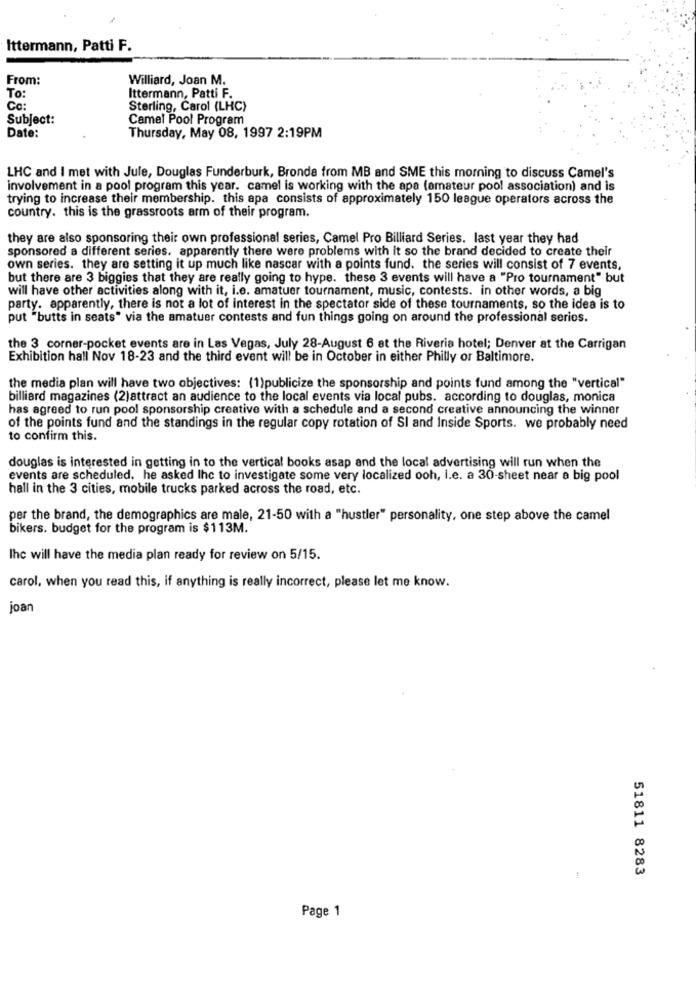
Ittermann, Patti F.
From:
Williard, Joan M.
To:
Ittermann, Patti F.
Co:
Sterling, Carol (LHC)
Subject:
Camel Pool Program
Date:
Thursday, May 08, 1997 2:19PM
LHC and I met with Jule, Douglas Funderburk, Bronda from MB and SME this morning to discuss Camel's
involvement in a pool program this year. camel is working with the apa (amateur pool association) and is
trying to increase their membership. this apa consists of approximately 150 league operators across the
country. this is the grassroots arm of their program.
they are also sponsoring their own professional series, Camel Pro Billiard Series. last year they had
sponsored a different series. apparently there were problems with it so the brand decided to create their
own series. they are setting it up much like nascar with a points fund. the series will consist of 7 events,
but there are 3 biggies that they are really going to hype. these 3 events will have a "Pro tournament" but
will have other activities along with it, i.e. amatuer tournament, music, contests. in other words, a big
party. apparently, there is not a lot of interest in the spectator side of these tournaments, so the idea is to
put "butts in seats" via the amatuer contests and fun things going on around the professional serios.
the 3 corner-pocket events are in Las Vegas, July 28-August 6 at the Riveria hotel; Denver at the Carrigan
Exhibition hall Nov 18-23 and the third event will be in October in either Philly or Baltimore.
the media plan will have two objectives: (1)publicize the sponsorship and points fund among the "vertical"
billiard magazines (2)attract an audience to the local events via local pubs. according to douglas, monica
has agreed to run pool sponsorship creative with a schedule and a second creative announcing the winner
of the points fund and the standings in the regular copy rotation of SI and Inside Sports. we probably need
to confirm this.
douglas is interested in getting in to the vertical books asap and the local advertising will run when the
events are scheduled. he asked Ihc to investigate some very localized ooh, i.e. a 30-sheet near a big pool
hall in the 3 cities, mobile trucks parked across the road, etc.
per the brand, the demographics are male, 21-50 with a "hustler" personality, one step above the camel
bikers. budget for the program is $113M.
Ihc will have the media plan ready for review on 5/15.
carol, when you read this, if anything is really incorrect, please let me know.
joan
51811 8283
Page 1